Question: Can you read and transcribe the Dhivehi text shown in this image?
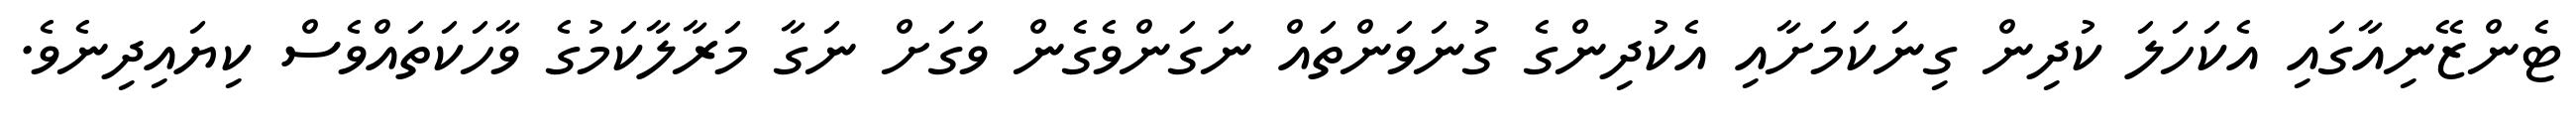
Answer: ޓެންޒޭނިއާގައި އެކަހަލަ ކުދިން ގިނަކަމަށާއި އެކުދިންގެ ގުނަވަންތައް ނަގަންވެގެން ވަގަށް ނަގާ މަރާލާކަމުގެ ވާހަކަތައްވެސް ކިޔައިދިނެވެ.